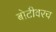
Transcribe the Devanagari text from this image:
बोटीवरच